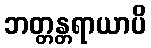
ဘတ္တန္တရာယာပိ